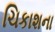
ચિકાશના